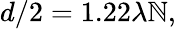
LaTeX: d/2=1.22\lambda\mathbb{N},